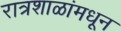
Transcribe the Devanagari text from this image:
रात्रशाळांमधून